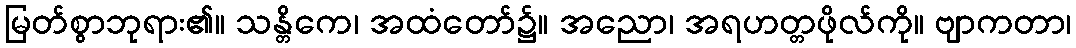
မြတ်စွာဘုရား၏။ သန္တိကေ၊ အထံတော်၌။ အညော၊ အရဟတ္တဖိုလ်ကို။ ဗျာကတာ၊